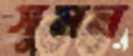
সুমন